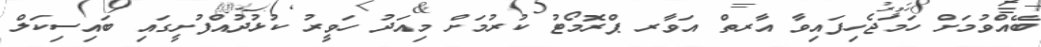
ބޭއްވުމަށް ހަމަޖެހިފައިވާ އާރތް އަވާރ ޕްރޮމޯޓު ކުރުމަށް މިއަދު ހަވީރު ކުޅުދުއްފުށީގައި ބައިސިކަލް